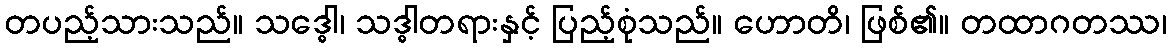
တပည့်သားသည်။ သဒ္ဓေါ၊ သဒ္ဓါတရားနှင့် ပြည့်စုံသည်။ ဟောတိ၊ ဖြစ်၏။ တထာဂတဿ၊